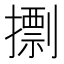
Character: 𢶏